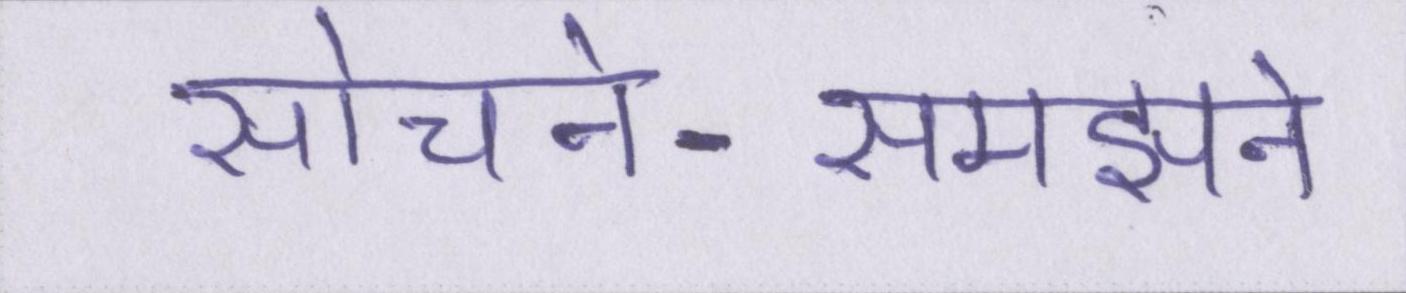
सोचने-समझने